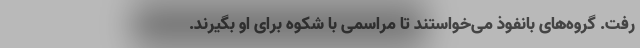
رفت. گروه‌های بانفوذ می‌خواستند تا مراسمی با شکوه برای او بگیرند.